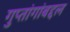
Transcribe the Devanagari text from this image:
गुप्तांगांबद्दल